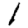
Digit: 1